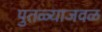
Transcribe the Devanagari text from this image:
पुतळ्याजवळ